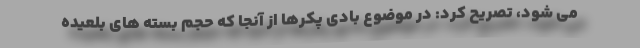
می شود، تصریح کرد: در موضوع بادی پکرها از آنجا که حجم بسته های بلعیده